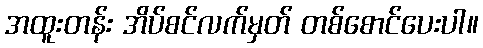
အထူးတန်း အိပ်စင်လက်မှတ် တစ်စောင်ပေးပါ။